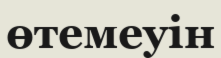
өтемеуін